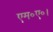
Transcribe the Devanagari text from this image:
एम०ए०।